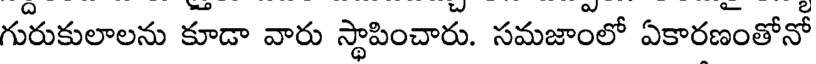
గురుకులాలను కూడా వారు స్థాపించారు. సమజాంలో ఏకారణంతోనో